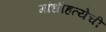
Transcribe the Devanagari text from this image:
गांधीहत्येची